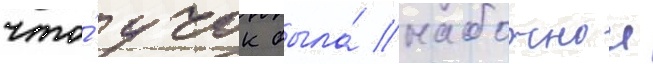
что́ учок была́ набожнои